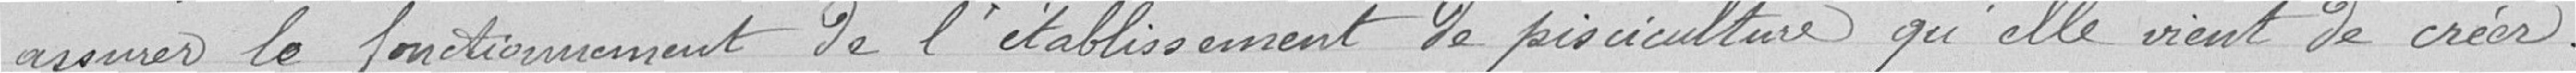
assurer le fonctionnement de l'établissement de pisciculture qu'elle vient de créer.